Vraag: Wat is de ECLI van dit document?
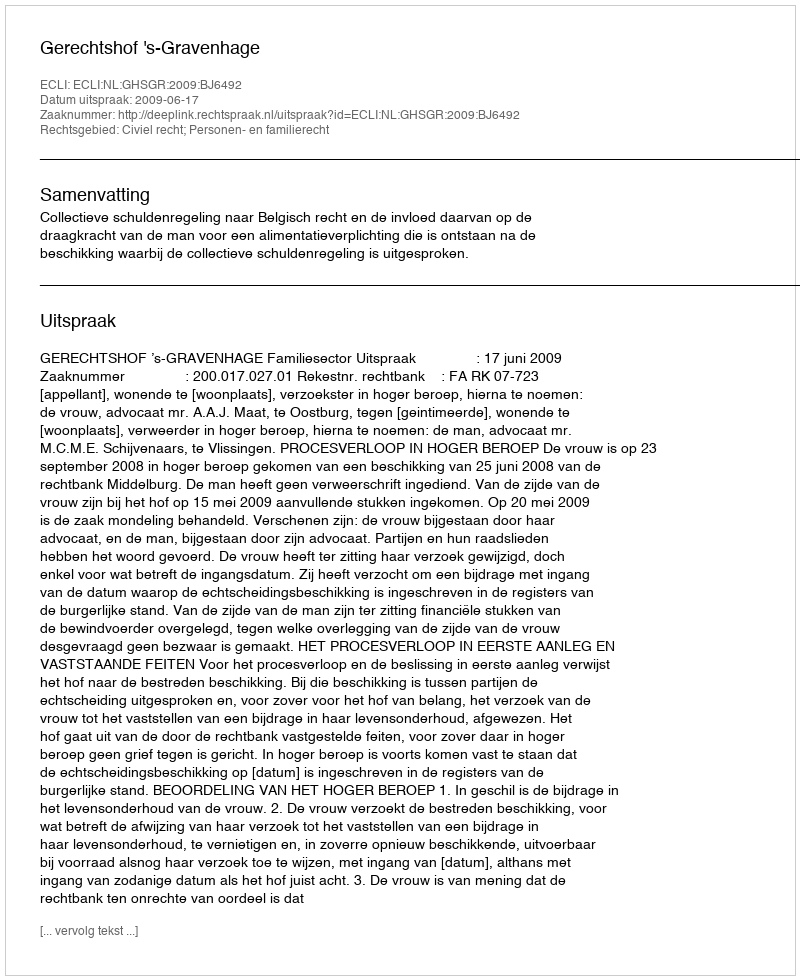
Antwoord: ECLI:NL:GHSGR:2009:BJ6492